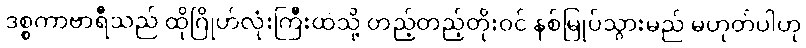
ဒစ္စကာဗာရီသည် ထိုဂြိုဟ်လုံးကြီးထဲသို့ တည့်တည့်တိုးဝင် နစ်မြုပ်သွားမည် မဟုတ်ပါဟု